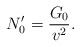
\begin{align*} N'_0=\frac{G_0}{v^2}.\end{align*}